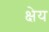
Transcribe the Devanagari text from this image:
क्षेय